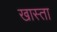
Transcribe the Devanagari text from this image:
खास्ता